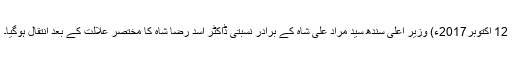
12 اکتوبر2017ء) وزیر اعلی سندھ سید مراد علی شاہ کے برادر نسبتی ڈاکٹر اسد رضا شاہ کا مختصر علالت کے بعد انتقال ہوگیا۔